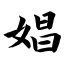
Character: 娼